Elephants and their diseases
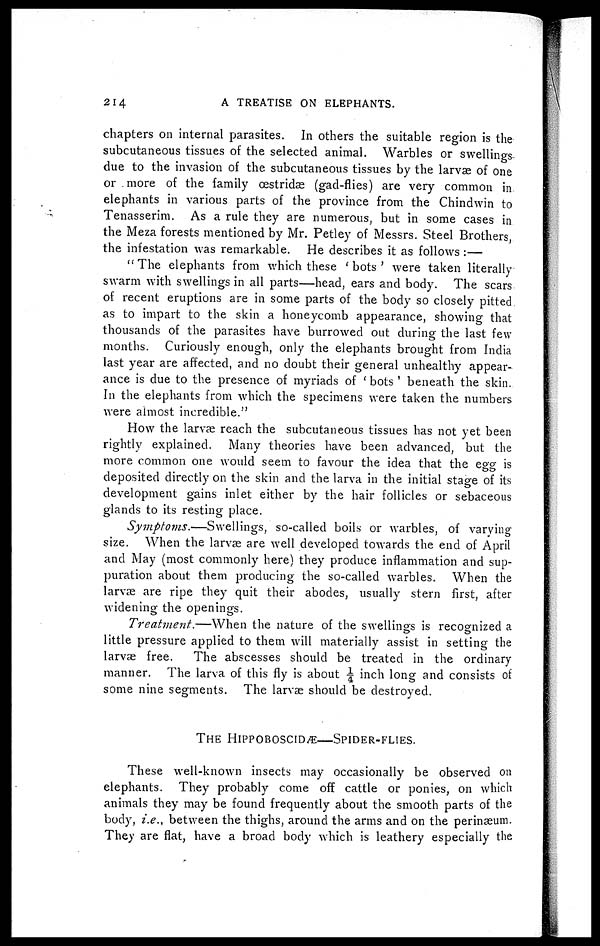
214
A TREATISE ON ELEPHANTS.
chapters on internal parasites. In others the suitable region is the
subcutaneous tissues of the selected animal. Warbles or swellings
due to the invasion of the subcutaneous tissues by the larvae of one
or more of the family œstridae (gad-flies) are very common in
elephants in various parts of the province from the Chindwin to
Tenasserim. As a rule they are numerous, but in some cases in
the Meza forests mentioned by Mr. Petley of Messrs. Steel Brothers,
the infestation was remarkable. He describes it as follows :—
"The elephants from which these ' bots ' were taken literally
swarm with swellings in all parts—head, ears and body. The scars
of recent eruptions are in some parts of the body so closely pitted
as to impart to the skin a honeycomb appearance, showing that
thousands of the parasites have burrowed out during the last few
months. Curiously enough, only the elephants brought from India
last year are affected, and no doubt their general unhealthy appear-
ance is due to the presence of myriads of ' bots ' beneath the skin.
In the elephants from which the specimens were taken the numbers
were almost incredible."
How the larvae reach the subcutaneous tissues has not yet been
rightly explained. Many theories have been advanced, but the
more common one would seem to favour the idea that the egg is
deposited directly on the skin and the larva in the initial stage of its
development gains inlet either by the hair follicles or sebaceous
glands to its resting place.
Symptoms.—Swellings,
so-called boils or warbles, of varying
size. When the larvae are well developed towards the end of April
and May (most commonly here) they produce inflammation and sup-
puration about them producing the so-called warbles. When the
larvae are ripe they quit their abodes, usually stern first, after
widening the openings.
Treatment.—When
the nature of the swellings is recognized a
little pressure applied to them will materially assist in setting the
larvae free.
The abscesses should be treated in the ordinary
manner. The larva of this fly is about ¼ inch long and consists of
some nine segments. The larvae should be destroyed.
THE HIPPOBOSCIDÆ—SPIDER-FLIES.
These well-known insects may occasionally be observed on
elephants. They probably come off cattle or ponies, on which
animals they may be found frequently about the smooth parts of the
body, i.e., between the thighs, around the arms and on the perinæum.
They are flat, have a broad body which is leathery especially the